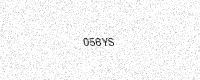
Text: 056YS